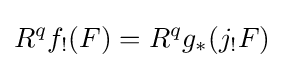
R^{q}f_{!}(F)=R^{q}g_{*}(j_{!}F)